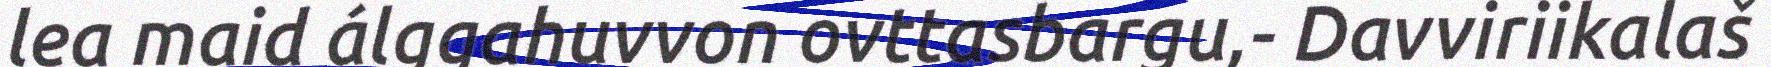
lea maid álggahuvvon ovttasbargu,- Davviriikalaš